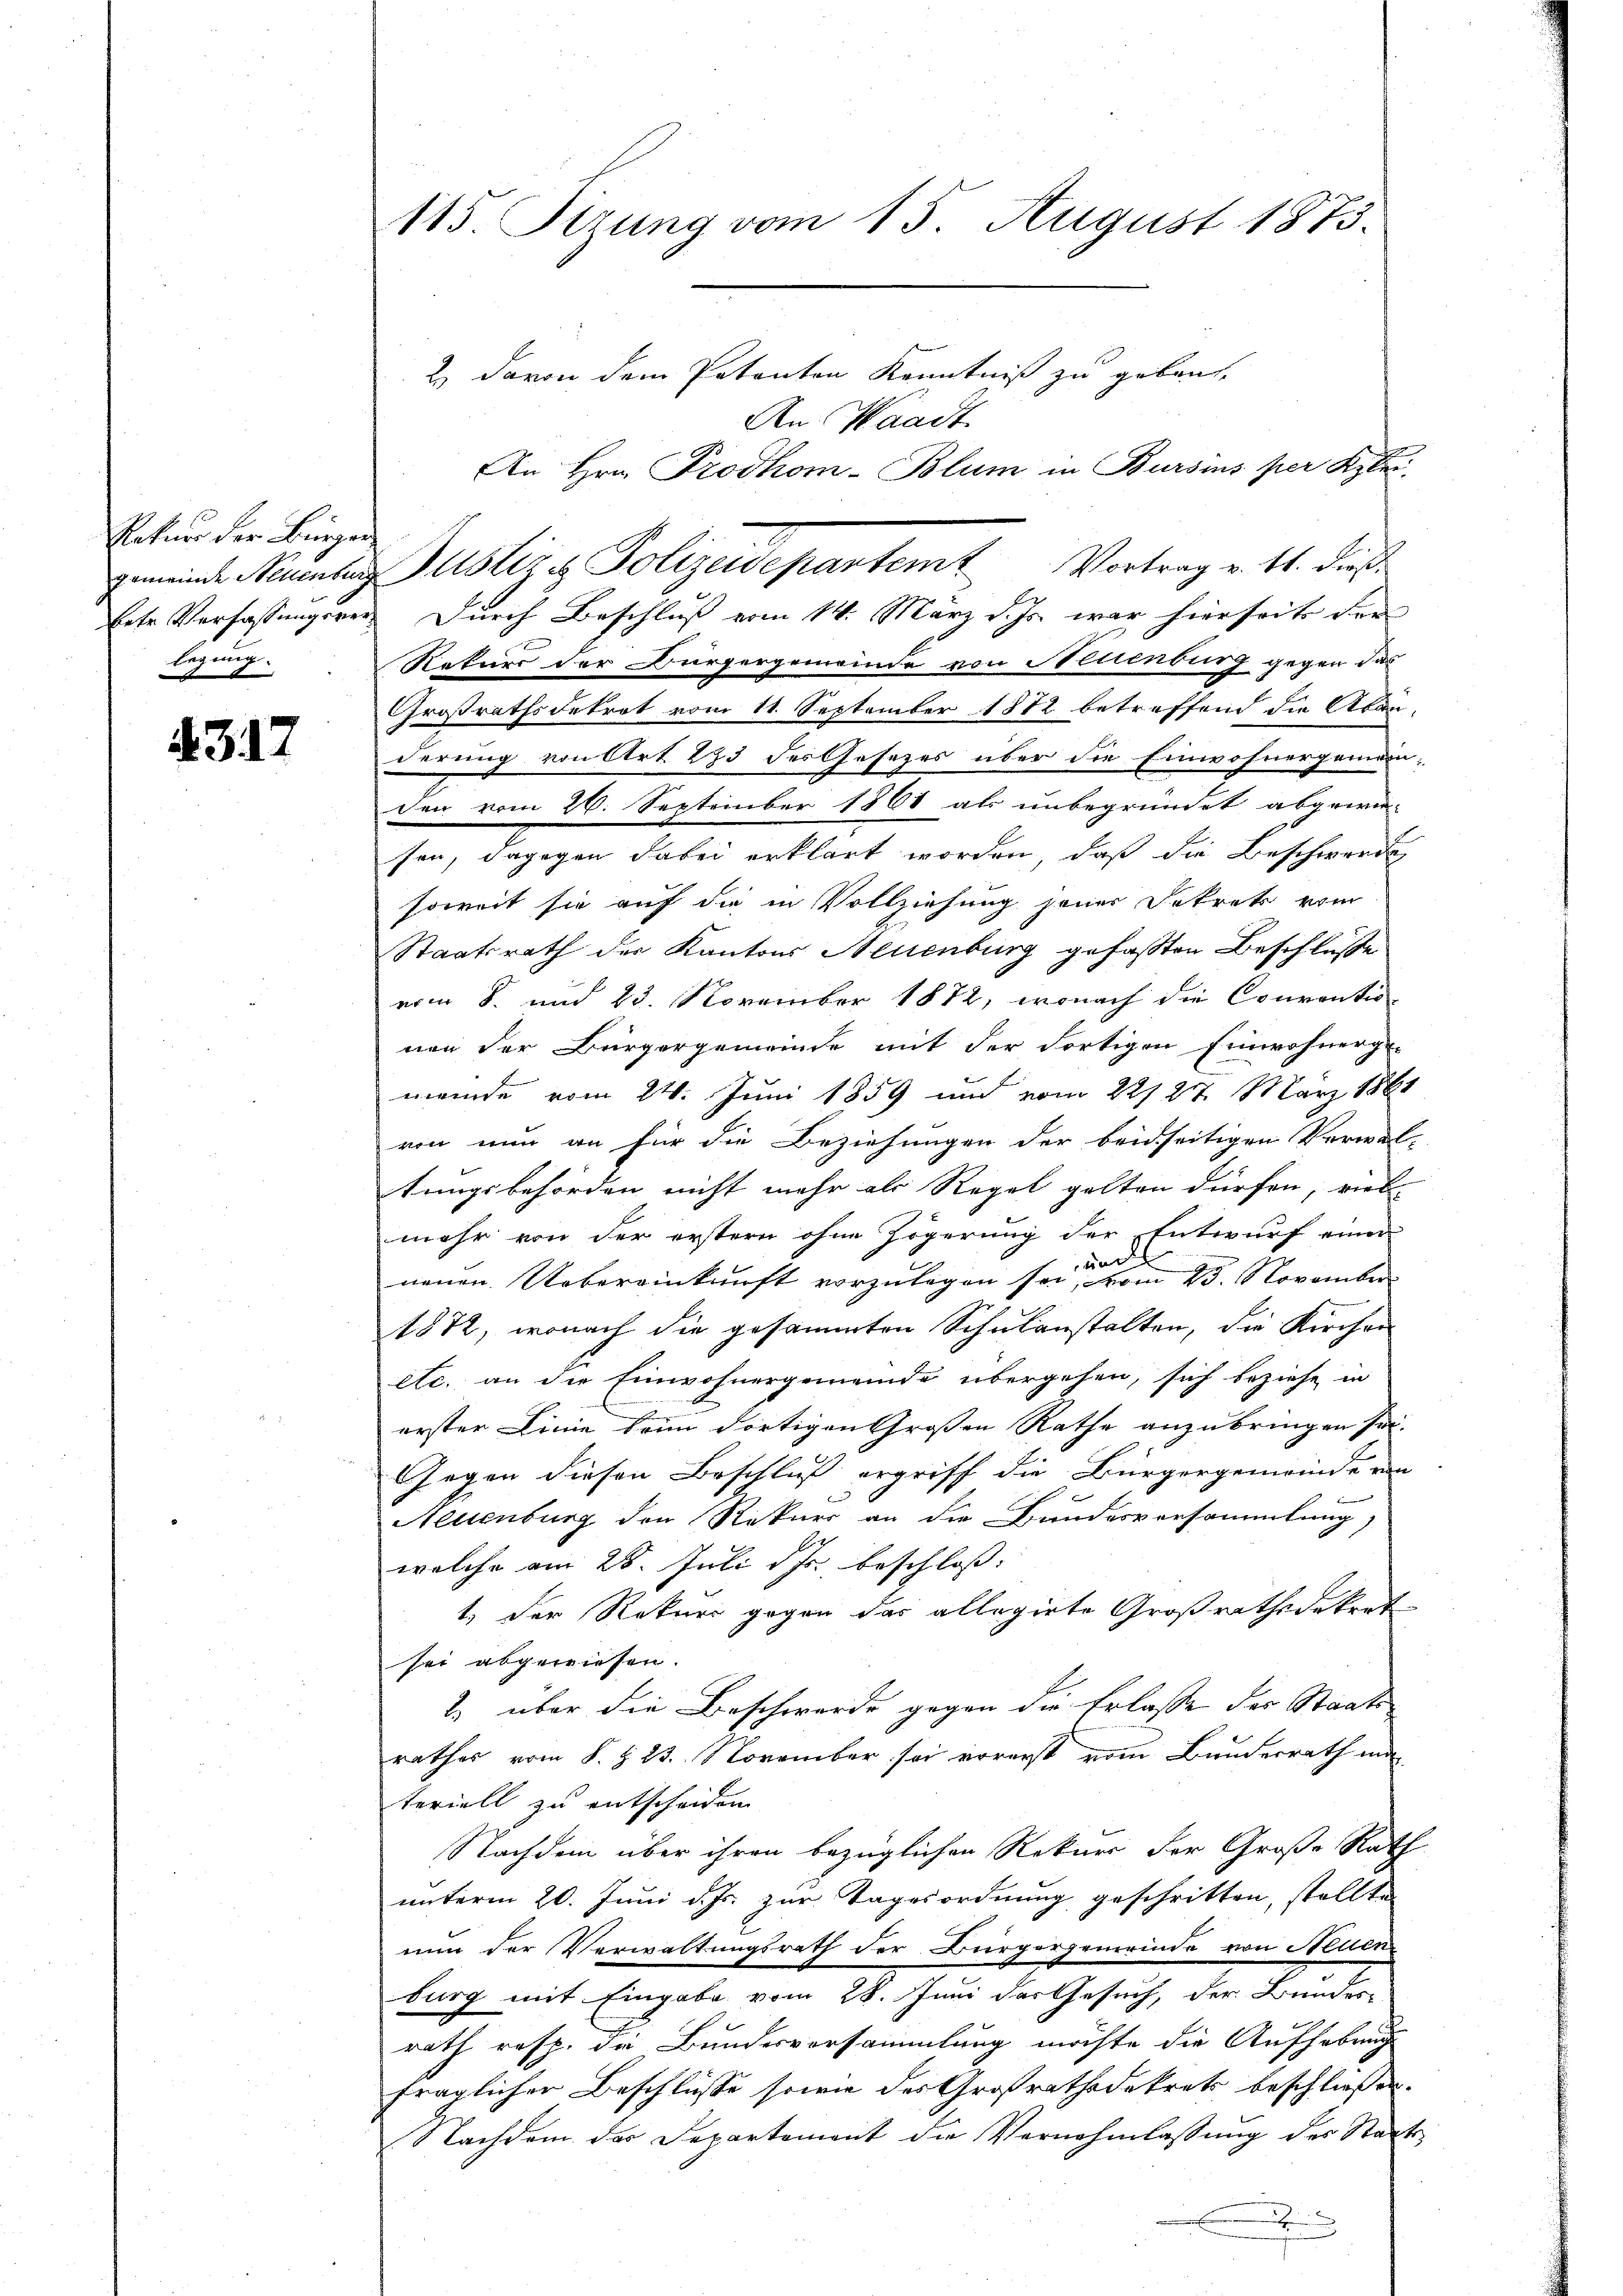
Rekurs der Bürger
Erte Verfassungsverlegung.

43)

115 Sizung vom 15. August 1873.

2.) Davon dem Patenten Kenntniß zu geben,
An Waadt
An Hrn. Prodhom-Blum in Bursis per Klei
Durch Beschluß vom 14. März d. Js. war hierseits der
Rekurs der Bürgergemeinde von Neuenburg gegen das
Großrathsdekret vom 11. September 1872 betreffend die Aban-
derung von Art. 235 des Gesezes über die Einwohnergemeinden vom 26. September 1861 als unbegründet abgewie-
sen, dagegen dabei erklärt worden, daß die Beschwerde
soweit sie auf die in Vollziehung jener Dekrets vom
Staatsrath der Kantons Neuenburg gefaßten Beschluße
vom 8. und 23. November 1872, wonach die Couventio-
nen der Bürgergemeinde mit der Fortigen Einwohnerge-
meinde vom 24. Juni 1859 und vom 22/27. März 1861
von nun an für die Beziehungen der beidseitigen Verwal-
tungsbehörden nicht mehr als Regel gelten dürfen, viel-
mehr von der erstern ohne Zögerung der Entwurf einer
neuen Uebereinkunft vorzulegen sei, vom 23. November
1872, wonach die gesammten Schulanstalten, die Kirchen
etc. an die Einwohnergemeinde übergehen, sich beziehe in
erster Linie beim dortigen Großen Rathe anzubringen sei.
Gegen diesen Beschluß ergriff die Bürgergemeinde von
Neuenburg den Rekurs an die Hundesversammlung
welche am 28. Juli d. Js. beschloss:
t, der Rekurs gegen das allegirte Großrathsdekret
sei abgewiesen.
2) über die Beschwerde gegen die Erlasse des Staatsrathes vom 8. § 23. November sei vorerst vom Bundesrath mi
teriell zu entscheiden
Nachdem über ihren bezüglichen Rekurs der Große Rath
unterm 20. Juni d. Js. zur Tagesordnung geschritten, stellte
nun der Verwaltungsrath der Bürgergemeinde von Neuen
burg mit Eingabe vom 28. Juni der Gesuch, der Bundes-
rath resp. die Bundesvorsammlung möchte die Aufhebung
fraglicher Beschlüsse sowie des Großrathsdekrets beschließen.
Nachdem des Departement die Vernehmlassung des Staats-
n

gemeinde Neuenburg Justiz & Polizeidepartemt Vortrag v. 11. dieß